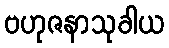
ဗဟုဇနာသုခါယ